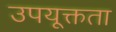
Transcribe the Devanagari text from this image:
उपयूक्तता